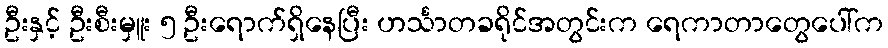
ဦးနှင့် ဦးစီးမှူး ၅ ဦးရောက်ရှိနေပြီး ဟင်္သာတခရိုင်အတွင်းက ရေကာတာတွေပေါ်က